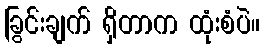
ခြွင်းချက် ရှိတာက ထုံးစံပဲ။